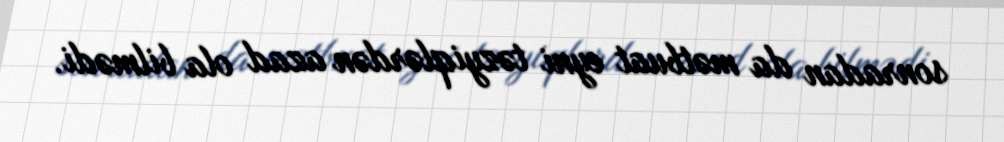
sonradan da mətbuat eyni təzyiqlərdən azad ola bilmədi.